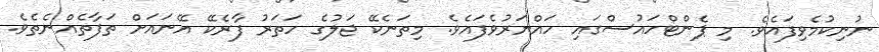
ނުނިކުމެވިފައެވެ. މި ޕެންޓްހައުސްގައި ހައްޔަރުވެފައެވެ. މިތަނެކޭ ޖަލުގެ ހަތަރު ފާރެކޭ އޭނައަށް ތަފާތެއްނެތެވެ.